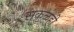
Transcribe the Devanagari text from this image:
सकळही